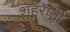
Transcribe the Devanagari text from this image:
शहराती